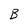
Character: B